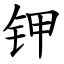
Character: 钾